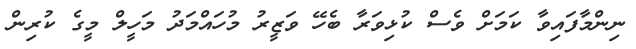
ނިންމާފައިވާ ކަމަށް ވެސް ކުޅިވަރާ ބެހޭ ވަޒީރު މުހައްމަދު މަހީލް މީގެ ކުރިން